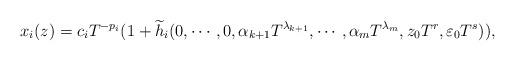
LaTeX: \begin{align*}x_i(z) = c_iT^{-p_i}(1 + \widetilde{h}_i(0, \cdots ,0,\alpha _{k+1} T^{\lambda_{k+1}}, \cdots , \alpha _m T^{\lambda_m},z_0T^r, \varepsilon _0 T^s)),\end{align*}